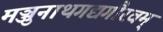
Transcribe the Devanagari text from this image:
मञ्जुनाथगद्यगौरवम्